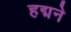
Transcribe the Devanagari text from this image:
हद्मने